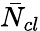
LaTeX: \bar{N}_{cl}